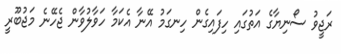
ރަޖީވު ސޯނިޔާގެ އަތުގައި ހިފައިގެން ހިނގަމު އޭނާ އެކަމާ ހަވާލުވާން ޖެހޭނެ މަޖުބޫރީ